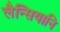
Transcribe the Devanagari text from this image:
लैन्सियानि